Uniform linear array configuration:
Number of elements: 12
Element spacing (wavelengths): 0.25
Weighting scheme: cosine
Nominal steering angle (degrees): -15
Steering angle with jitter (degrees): -14.351
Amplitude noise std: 0.05
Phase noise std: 0.05

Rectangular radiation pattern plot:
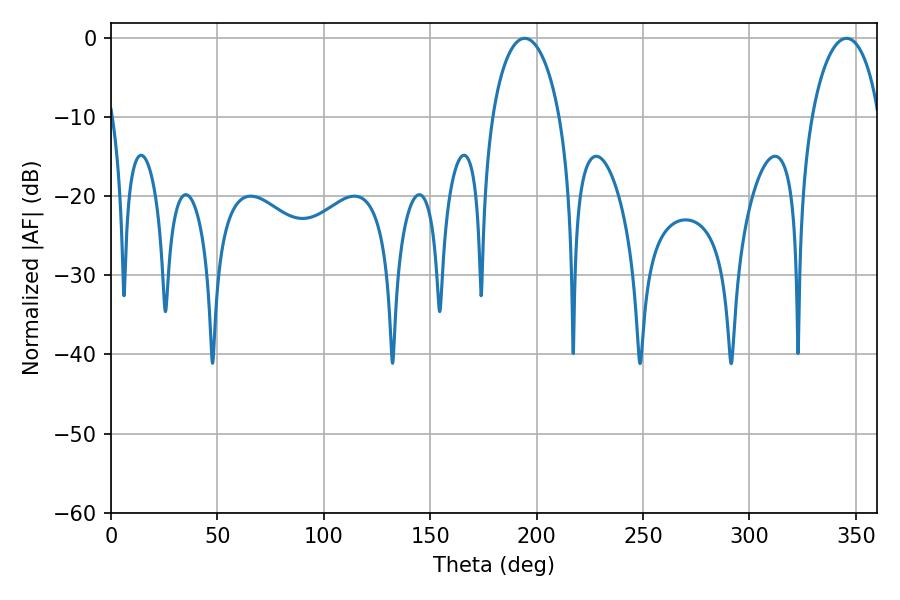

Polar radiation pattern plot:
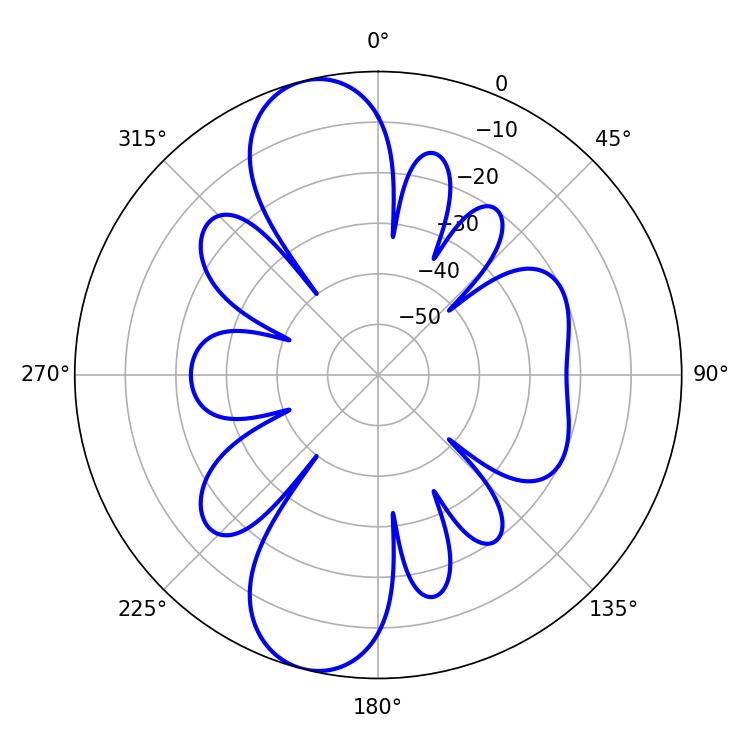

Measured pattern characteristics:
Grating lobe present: FALSE
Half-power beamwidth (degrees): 18.36
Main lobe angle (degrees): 194.4